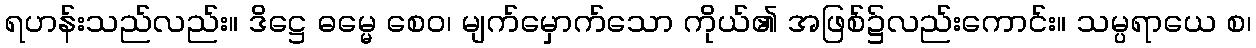
ရဟန်းသည်လည်း။ ဒိဋ္ဌေ ဓမ္မေ စေဝ၊ မျက်မှောက်သော ကိုယ်၏ အဖြစ်၌လည်းကောင်း။ သမ္ပရာယေ စ၊